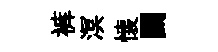
裤溟懐鬬